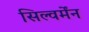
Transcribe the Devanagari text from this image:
सिल्वर्मेंन